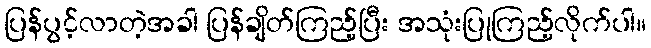
ပြန်ပွင့်လာတဲ့အခါ ပြန်ချိတ်ကြည့်ပြီး အသုံးပြုကြည့်လိုက်ပါ။